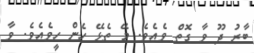
ބާރު ދޫ ވާ ގޮތް ވެއެވެ. މޭ ތެޅޭ ހެން ހީވެއެވެ. ވާ